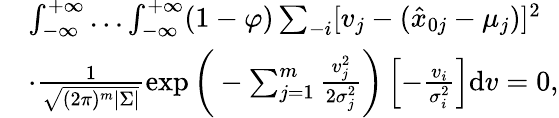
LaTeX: \begin{array}{rl}&{\int_{-\infty}^{+\infty}\ldots\int_{-\infty}^{+\infty}(1-\varphi)\sum_{-i}[v_{j}-(\hat{x}_{0j}-\mu_{j})]^{2}}\\ &{\cdot\frac{1}{\sqrt{(2\pi)^{m}|{\Sigma}|}}\exp\bigg(-\sum_{j=1}^{m}\frac{v_{j}^{2}}{2\sigma_{j}^{2}}\bigg)\left[-\frac{v_{i}}{\sigma_{i}^{2}}\right]\mathrm{d}{v}=0,}\end{array}